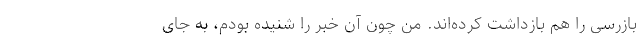
بازرسی را هم بازداشت کرده‌اند. من چون آن خبر را شنیده بودم، به‌ جای